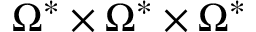
\Omega ^ { * } \times \Omega ^ { * } \times \Omega ^ { * }